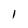
Character: 1